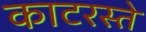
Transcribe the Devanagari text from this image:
काटरस्ते